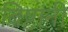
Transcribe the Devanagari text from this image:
बिष्टांनी